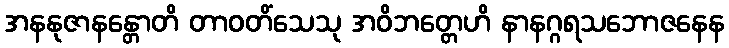
အနနုဇာနန္တောတိ တာဝတိံသေသု အဝိဘတ္တေဟိ နာနဂ္ဂရသဘောဇနေန